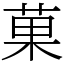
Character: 菓